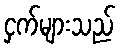
ငှက်များသည်